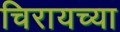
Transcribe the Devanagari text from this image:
चिरायच्या